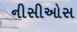
નીસીઓસ